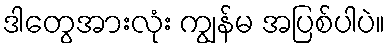
ဒါတွေအားလုံး ကျွန်မ အပြစ်ပါပဲ။